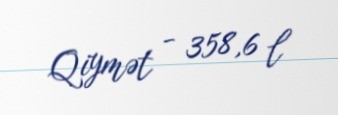
Qiymət - 358,6 l